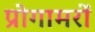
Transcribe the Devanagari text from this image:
प्रोगामरों